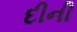
દીની